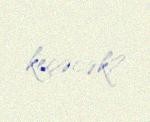
keçəcək?.